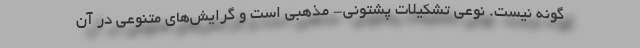
گونه نیست. نوعی تشکیلات پشتونی- مذهبی است و گرایش‌های متنوعی در آن